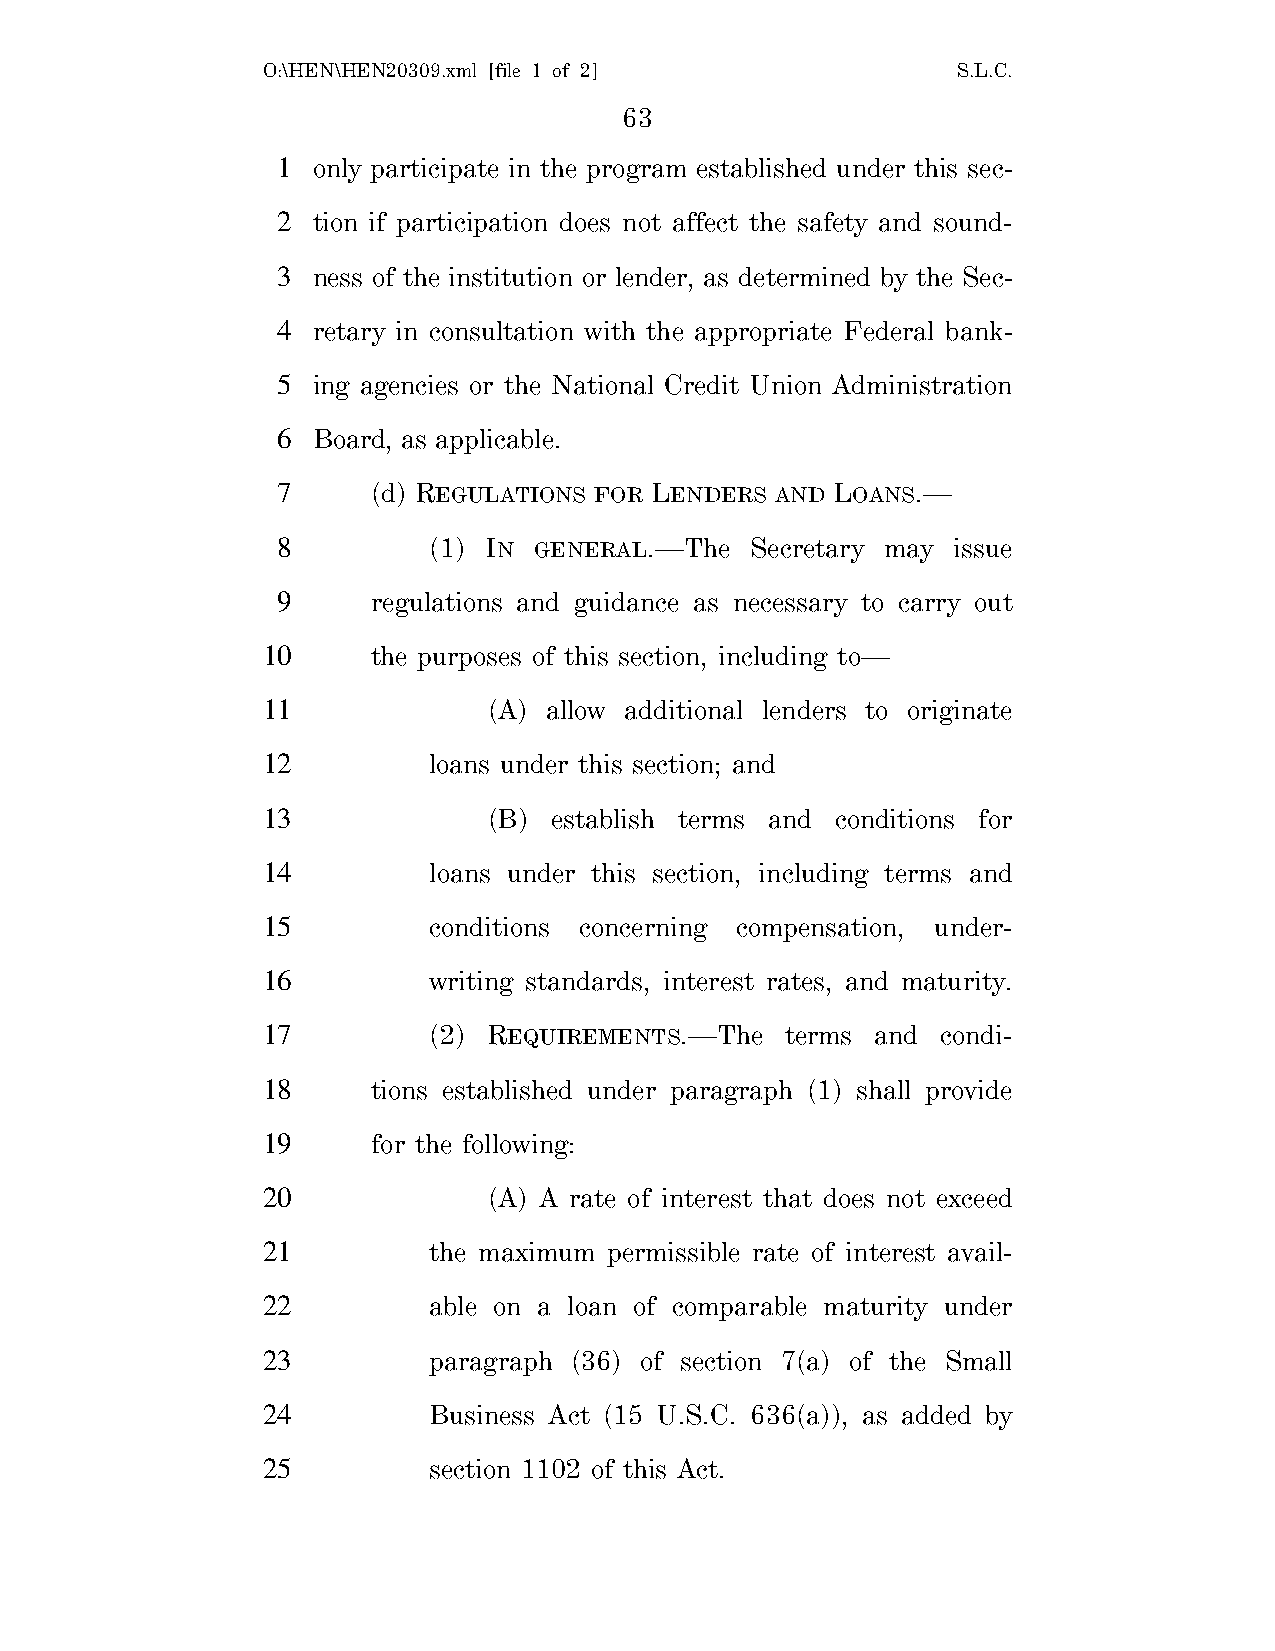
O:\HEN\HEN20309.xml [file 1 of 2]             S.L.C.
 63
 1  only participate in the program established under this sec-
 2  tion if participation does not affect the safety and sound-
 3  ness of the institution or lender, as determined by the Sec-
 4  retary in consultation with the appropriate Federal bank-
 5  ing agencies or the National Credit Union Administration
 6  Board, as applicable.
 7      (d) REGULATIONS FOR LENDERS AND LOANS.—
 8         (1) IN GENERAL.—The   Secretary may issue
 9      regulations and guidance as necessary to carry out
 10      the purposes of this section, including to—
 11             (A) allow additional lenders to originate
 12         loans under this section; and
 13             (B)  establish terms and conditions for
 14         loans under this section, including terms and
 15         conditions concerning compensation, under-
 16         writing standards, interest rates, and maturity.
 17         (2) REQUIREMENTS.—The   terms and condi-
 18      tions established under paragraph (1) shall provide
 19      for the following:
 20             (A) A rate of interest that does not exceed
 21         the maximum permissible rate of interest avail-
 22         able on a loan of comparable maturity under
 23         paragraph (36) of section 7(a) of the Small
 24         Business Act (15 U.S.C. 636(a)), as added by
 25         section 1102 of this Act.